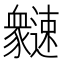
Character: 𲆍